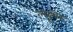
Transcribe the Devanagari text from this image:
ल्यूमेर